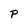
Character: P